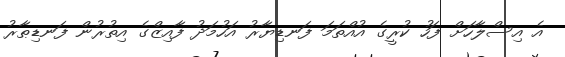
އެ އިސްލާހަށް ފަހު ކުރީގެ އުއްތަމަ ފަނޑިޔާރު އަހުމަދު ފާއިޒްގެ އިތުރުން ފަނޑިޠާރު